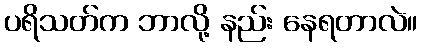
ပရိသတ်က ဘာလို့ နည်း နေရတာလဲ။